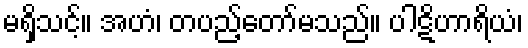
မရှိသင့်။ အဟံ၊ တပည့်တော်မသည်။ ပါဋိဟာရိယံ၊